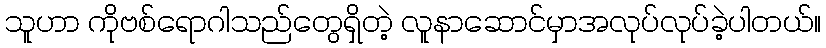
သူဟာ ကိုဗစ်ရောဂါသည်တွေရှိတဲ့ လူနာဆောင်မှာအလုပ်လုပ်ခဲ့ပါတယ်။